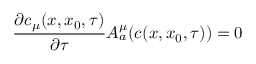
\frac { \partial c _ { \mu } ( x , x _ { 0 } , \tau ) } { \partial \tau } A _ { a } ^ { \mu } ( c ( x , x _ { 0 } , \tau ) ) = 0